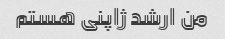
من ارشد ژاپنی هستم